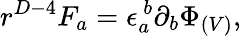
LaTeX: r^{D-4}F_{a}=\epsilon_{a}^{\ b}\partial_{b}\Phi_{(V)},